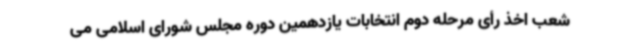
شعب اخذ رأی مرحله دوم انتخابات یازدهمین دوره مجلس شورای اسلامی می